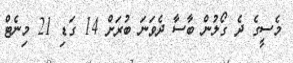
މެސީގެ ދެ ގޯލުން ބާސާ ދެވަނަ ބުރަށް 14 ގަޑި 21 މިނެޓް